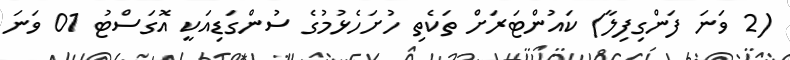
(2 ވަނަ ފަންގިފިލާ) ކައުންޓަރަށް ތަކެތި ހުށަހެޅުމުގެ ސުންގަޑިއަކީ އޮގަސްޓު 01 ވަނަ